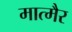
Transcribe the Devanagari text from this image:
मात्मैर